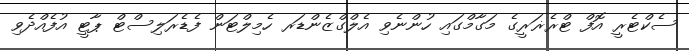
ސެކްޓެރީ އޮފް ޓްރެޜަރީގެ މަގާމްގައި ހުންނެވި އެލްގްޒެންޑަރ ހެމިލްޓަން ފެޑެރަލިސްޓް ޕާޓީ އުފެއްދެވި